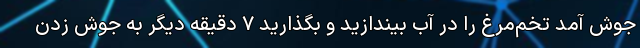
جوش آمد تخم‌مرغ را در آب بیندازید و بگذارید ۷ دقیقه دیگر به جوش زدن